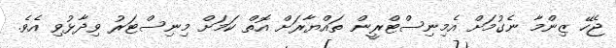
ޖެހޭ ޒިންމާ ނެގުމަށް އެމިނިސްޓްރީން ތައްޔާރަށް އޮތް ކަމަށް މިނިސްޓަރު ވިދާޅުވި އެވެ.